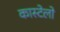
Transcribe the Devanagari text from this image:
कास्टेलो